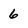
Character: 6